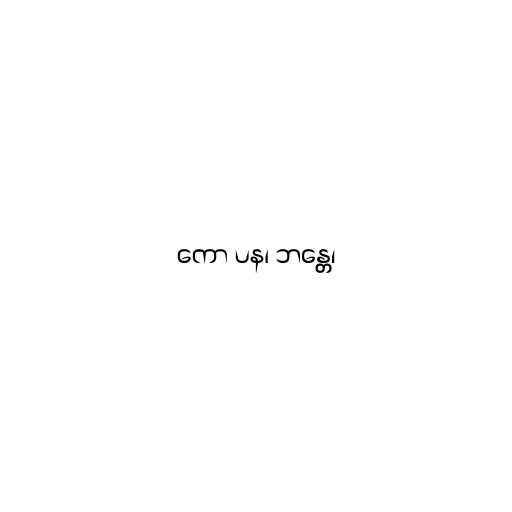
ကော ပန၊ ဘန္တေ၊